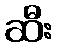
ဆီး